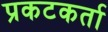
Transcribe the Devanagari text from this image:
प्रकटकर्ता